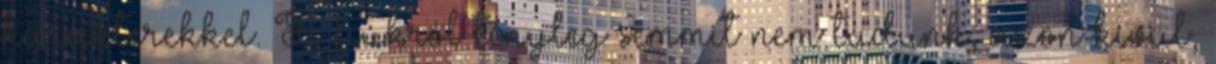
karakterekkel. A fiúkról tényleg semmit nem tudunk, azon kívül,